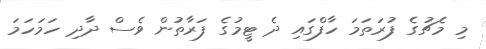
މި މެޗުގެ ފުރަތަމަ ހާފްގައި ދެ ޓީމުގެ ފަރާތުން ވެސް ދާދި ހަމަހަމަ